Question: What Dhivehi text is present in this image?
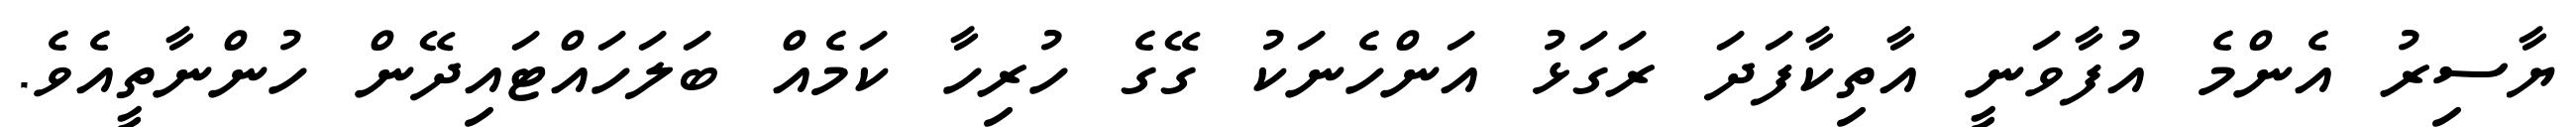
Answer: ޔާސިރު އެންމެ އުފާވަނީ އާތިކާފަދަ ރަގަޅު އަންހެނަކު ގޭގެ ހުރިހާ ކަމެއް ބަލަހައްޓައިދޭން ހުންނާތީއެވެ.